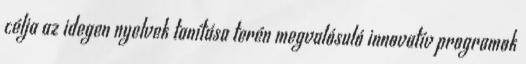
célja az idegen nyelvek tanítása terén megvalósuló innovatív programok